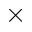
\times